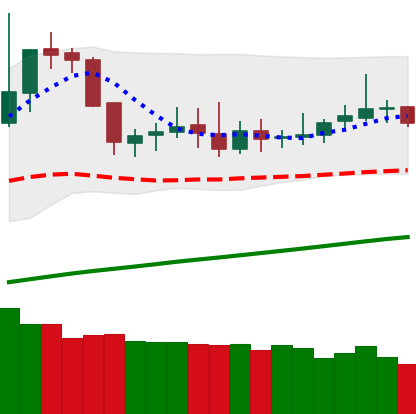
Ticker: DOGE-USD
Chart end date: 2019-06-18
Forward return: 5.728%
Label: up_5_7